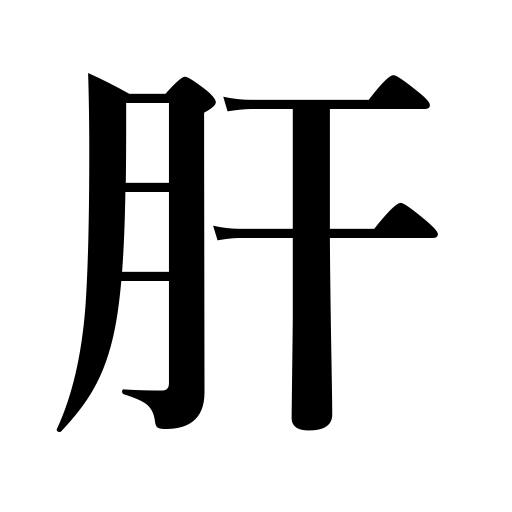
Meanings: courage,pluck,nerve,liver